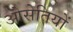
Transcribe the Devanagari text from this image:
ओसेतियों